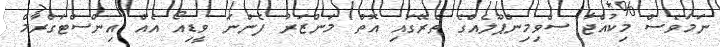
ނަމަވެސް މިކުއްޖާ ސްވިމިންޕޫލެއްގެ ތެރޭގައި އޮތް މަންޒަރު ފެންނަ ވީޑިއޯ އެއް އިންސްޓަގްރާމް